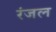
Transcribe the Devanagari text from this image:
रंजल